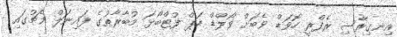
އިނގިރޭސި ރެފްރީ ހޮވަޑް ވެބަށް ވޯލްޑް ކަޕް ފުޓްބޯޅަ މުބާރާތުގެ ފައިނަލް މެޗުގައި